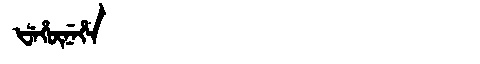
Manchu: ᡶᡝᡥᡡᠨᡝᡥᠠ
Romanization: FEHŪNEHA